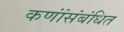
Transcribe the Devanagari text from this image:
कणांंसंबंधित